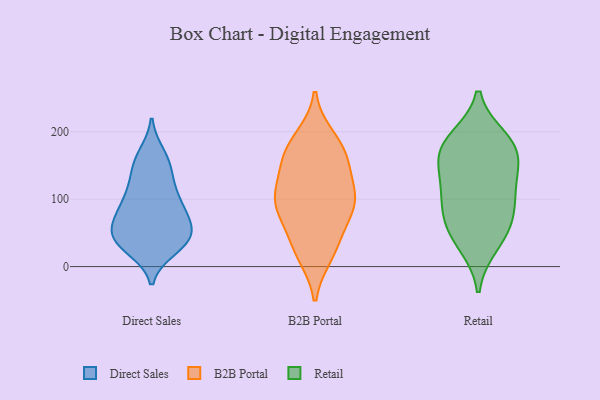
{"axis": {"x": "Demand Index", "y": "Value"}, "legend": ["B2B Portal", "Direct Sales", "Retail"], "data": [{"x": "", "y": 87, "type": "Direct Sales"}, {"x": "", "y": 42, "type": "Direct Sales"}, {"x": "", "y": 27, "type": "Direct Sales"}, {"x": "", "y": 42, "type": "Direct Sales"}, {"x": "", "y": 103, "type": "Direct Sales"}, {"x": "", "y": 40, "type": "Direct Sales"}, {"x": "", "y": 98, "type": "Direct Sales"}, {"x": "", "y": 166, "type": "Direct Sales"}, {"x": "", "y": 128, "type": "Direct Sales"}, {"x": "", "y": 156, "type": "Direct Sales"}, {"x": "", "y": 73, "type": "Direct Sales"}, {"x": "", "y": 31, "type": "Direct Sales"}, {"x": "", "y": 63, "type": "Direct Sales"}, {"x": "", "y": 44, "type": "Direct Sales"}, {"x": "", "y": 66, "type": "Direct Sales"}, {"x": "", "y": 83, "type": "Direct Sales"}, {"x": "", "y": 41, "type": "Direct Sales"}, {"x": "", "y": 125, "type": "Direct Sales"}, {"x": "", "y": 155, "type": "Direct Sales"}, {"x": "", "y": 89, "type": "B2B Portal"}, {"x": "", "y": 109, "type": "B2B Portal"}, {"x": "", "y": 19, "type": "B2B Portal"}, {"x": "", "y": 94, "type": "B2B Portal"}, {"x": "", "y": 89, "type": "B2B Portal"}, {"x": "", "y": 166, "type": "B2B Portal"}, {"x": "", "y": 111, "type": "B2B Portal"}, {"x": "", "y": 38, "type": "B2B Portal"}, {"x": "", "y": 176, "type": "B2B Portal"}, {"x": "", "y": 146, "type": "B2B Portal"}, {"x": "", "y": 26, "type": "B2B Portal"}, {"x": "", "y": 190, "type": "B2B Portal"}, {"x": "", "y": 85, "type": "B2B Portal"}, {"x": "", "y": 160, "type": "B2B Portal"}, {"x": "", "y": 168, "type": "Retail"}, {"x": "", "y": 33, "type": "Retail"}, {"x": "", "y": 114, "type": "Retail"}, {"x": "", "y": 183, "type": "Retail"}, {"x": "", "y": 152, "type": "Retail"}, {"x": "", "y": 189, "type": "Retail"}, {"x": "", "y": 80, "type": "Retail"}, {"x": "", "y": 47, "type": "Retail"}, {"x": "", "y": 127, "type": "Retail"}, {"x": "", "y": 96, "type": "Retail"}, {"x": "", "y": 174, "type": "Retail"}, {"x": "", "y": 66, "type": "Retail"}]}